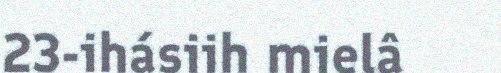
23-ihásiih mielâ